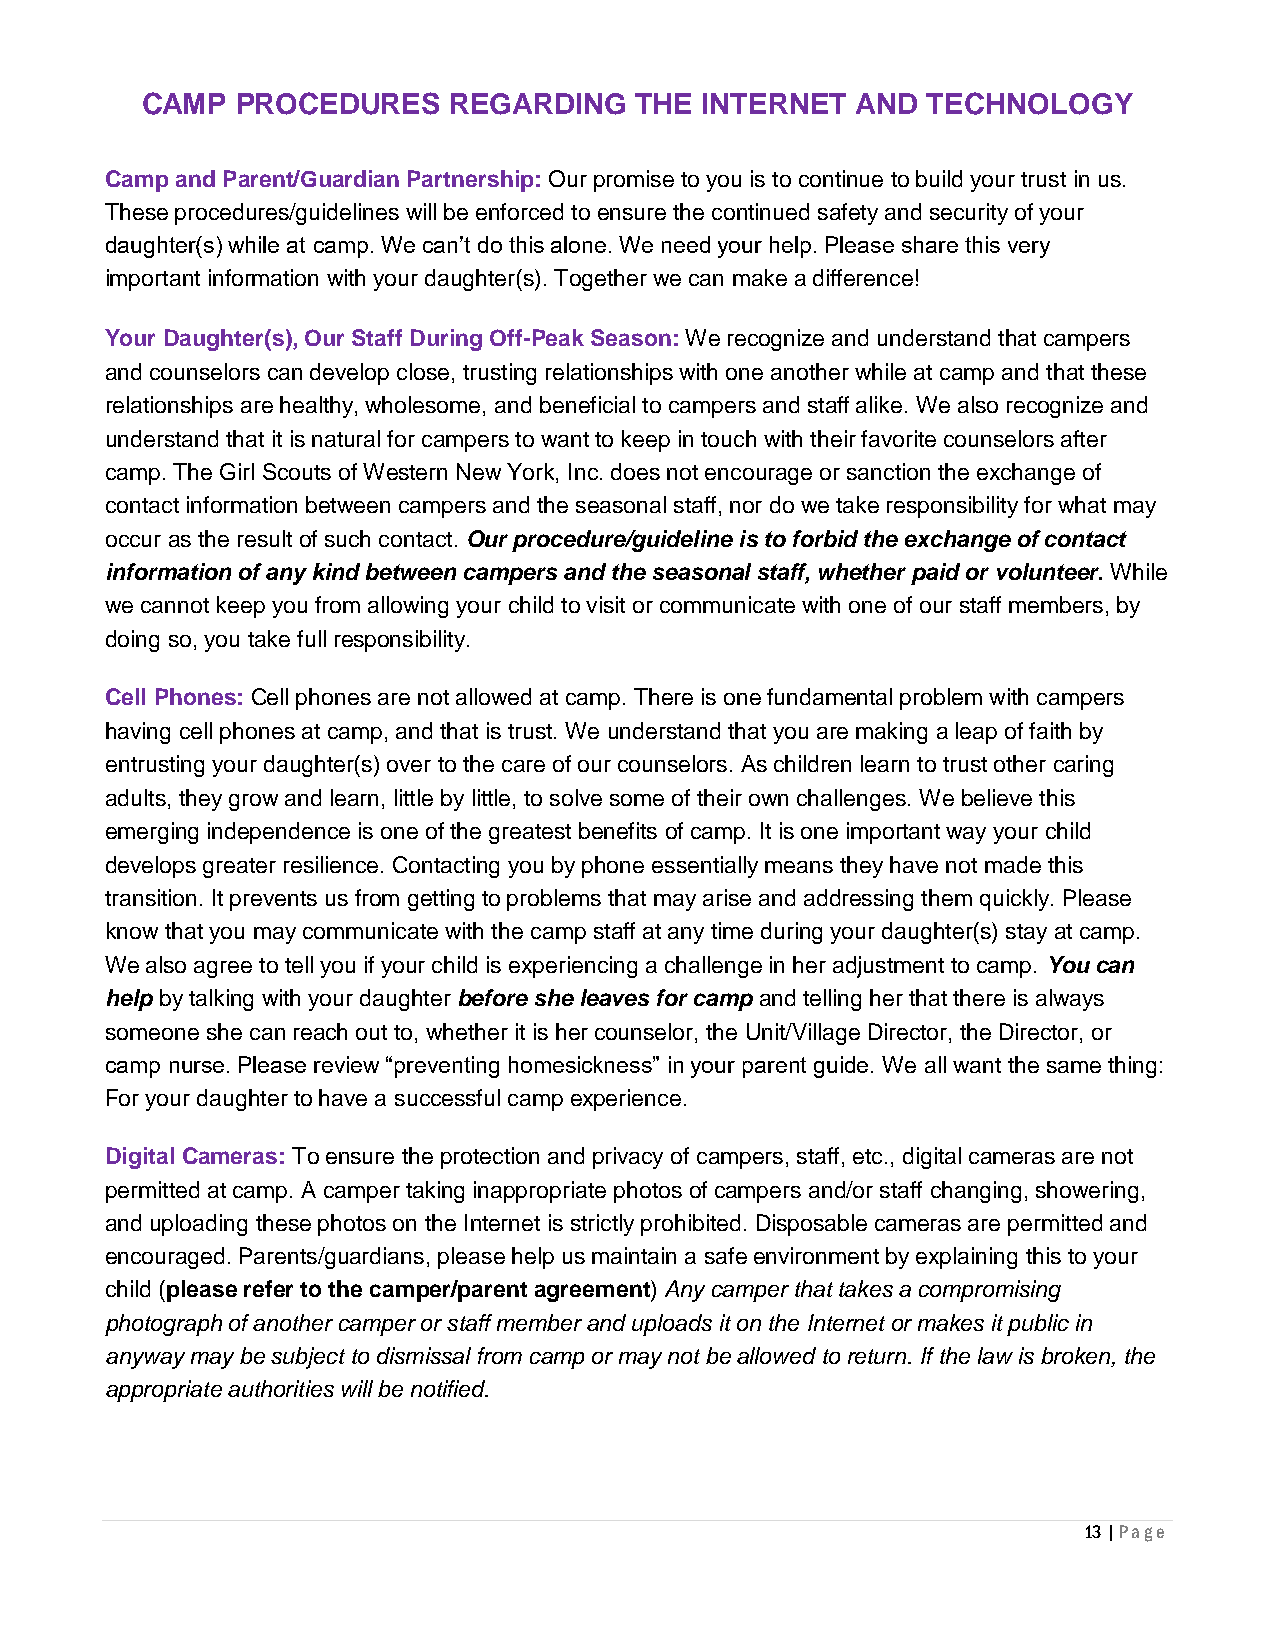
CAMP   PROCEDURES    REGARDING   THE INTERNET   AND TECHNOLOGY
 Camp and Parent/Guardian Partnership: Our promise to you is to continue to build your trust in us.
 These procedures/guidelines will be enforced to ensure the continued safety and security of your
 daughter(s) while at camp. We can’t do this alone. We need your help. Please share this very
 important information with your daughter(s). Together we can make a difference!
 Your Daughter(s), Our Staff During Off-Peak Season: We recognize and understand that campers
 and counselors can develop close, trusting relationships with one another while at camp and that these
 relationships are healthy, wholesome, and beneficial to campers and staff alike. We also recognize and
 understand that it is natural for campers to want to keep in touch with their favorite counselors after
 camp. The Girl Scouts of Western New York, Inc. does not encourage or sanction the exchange of
 contact information between campers and the seasonal staff, nor do we take responsibility for what may
 occur as the result of such contact. Our procedure/guideline is to forbid the exchange of contact
 information of any kind between campers and the seasonal staff, whether paid or volunteer. While
 we cannot keep you from allowing your child to visit or communicate with one of our staff members, by
 doing so, you take full responsibility.
 Cell Phones: Cell phones are not allowed at camp. There is one fundamental problem with campers
 having cell phones at camp, and that is trust. We understand that you are making a leap of faith by
 entrusting your daughter(s) over to the care of our counselors. As children learn to trust other caring
 adults, they grow and learn, little by little, to solve some of their own challenges. We believe this
 emerging independence is one of the greatest benefits of camp. It is one important way your child
 develops greater resilience. Contacting you by phone essentially means they have not made this
 transition. It prevents us from getting to problems that may arise and addressing them quickly. Please
 know that you may communicate with the camp staff at any time during your daughter(s) stay at camp.
 We also agree to tell you if your child is experiencing a challenge in her adjustment to camp. You can
 help by talking with your daughter before she leaves for camp and telling her that there is always
 someone she can reach out to, whether it is her counselor, the Unit/Village Director, the Director, or
 camp nurse. Please review “preventing homesickness” in your parent guide. We all want the same thing:
 For your daughter to have a successful camp experience.
 Digital Cameras: To ensure the protection and privacy of campers, staff, etc., digital cameras are not
 permitted at camp. A camper taking inappropriate photos of campers and/or staff changing, showering,
 and uploading these photos on the Internet is strictly prohibited. Disposable cameras are permitted and
 encouraged. Parents/guardians, please help us maintain a safe environment by explaining this to your
 child (please refer to the camper/parent agreement) Any camper that takes a compromising
 photograph of another camper or staff member and uploads it on the Internet or makes it public in
 anyway may be subject to dismissal from camp or may not be allowed to return. If the law is broken, the
 appropriate authorities will be notified.
 13 | P a g e